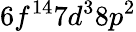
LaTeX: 6f^{14}7d^{3}8p^{2}